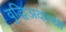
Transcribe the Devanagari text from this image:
वृद्धिअवस्था